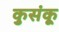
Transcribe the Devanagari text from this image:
कुसंकू